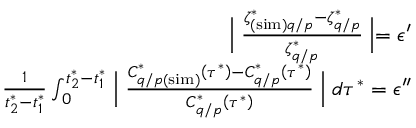
\begin{array} { r } { \Bigm \lvert \frac { \zeta _ { ( \mathrm { s i m } ) q / p } ^ { * } - \zeta _ { q / p } ^ { * } } { \zeta _ { q / p } ^ { * } } \Bigm \rvert = \epsilon ^ { \prime } } \\ { \frac { 1 } { t _ { 2 } ^ { * } - t _ { 1 } ^ { * } } \int _ { 0 } ^ { t _ { 2 } ^ { * } - t _ { 1 } ^ { * } } \Bigm \lvert \frac { C _ { q / p ( \mathrm { s i m } ) } ^ { * } \left( \tau ^ { * } \right) - C _ { q / p } ^ { * } \left( \tau ^ { * } \right) } { C _ { q / p } ^ { * } \left( \tau ^ { * } \right) } \Bigm \rvert d \tau ^ { * } = \epsilon ^ { \prime \prime } } \end{array}